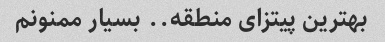
بهترین پیتزای منطقه.. بسیار ممنونم